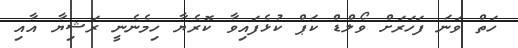
ހަތް ވަނަ ފަހަރަށް ވޯލްޑް ކަޕް ކުޅެފައިވާ ކޮރެޔާ ހިމެނެނީ ރަޝިޔާ އާއި